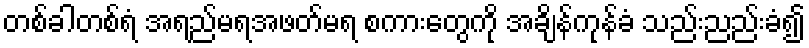
တစ်ခါတစ်ရံ အရည်မရအဖတ်မရ စကားတွေကို အချိန်ကုန်ခံ သည်းညည်းခံ၍